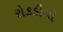
રોકડીયો